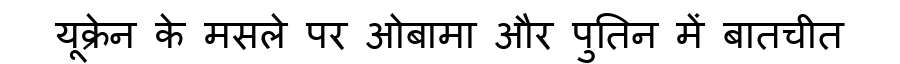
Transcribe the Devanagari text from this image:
यूक्रेन के मसले पर ओबामा और पुतिन में बातचीत